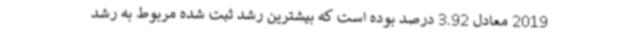
2019 معادل 3.92 درصد بوده است که بیشترین رشد ثبت شده مربوط به رشد